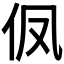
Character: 𮯹